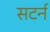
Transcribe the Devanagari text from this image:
सटर्न